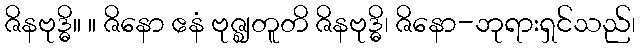
ဇိနဗုဒ္ဓိ။ ။ ဇိနော ဧနံ ဗုဇ္ဈတူတိ ဇိနဗုဒ္ဓိ၊ ဇိနော-ဘုရားရှင်သည်၊